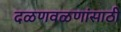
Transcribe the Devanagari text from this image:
दळणवळणांसाठी